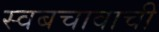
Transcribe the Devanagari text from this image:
स्वबचावाची